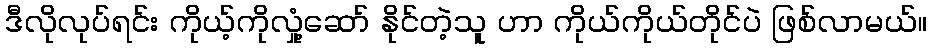
ဒီလိုလုပ်ရင်း ကိုယ့်ကိုလှုံ့ဆော် နိုင်တဲ့သူ ဟာ ကိုယ်ကိုယ်တိုင်ပဲ ဖြစ်လာမယ်။